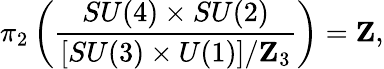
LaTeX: \pi_{2}\left({\frac{SU(4)\times SU(2)}{[SU(3)\times U(1)]/\mathbf{Z}_{3}}}\right)=\mathbf{Z},